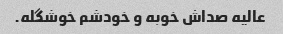
عالیه صداش خوبه و خودشم خوشگله.